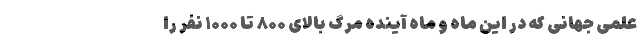
علمی جهانی که در این ماه و ماه آینده مرگ بالای ۸۰۰ تا ۱۰۰۰ نفر را